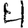
Digit: 4